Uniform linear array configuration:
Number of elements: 4
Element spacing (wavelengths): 0.25
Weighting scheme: uniform
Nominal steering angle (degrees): -60
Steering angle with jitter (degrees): -60.367
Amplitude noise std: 0.05
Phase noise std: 0.05

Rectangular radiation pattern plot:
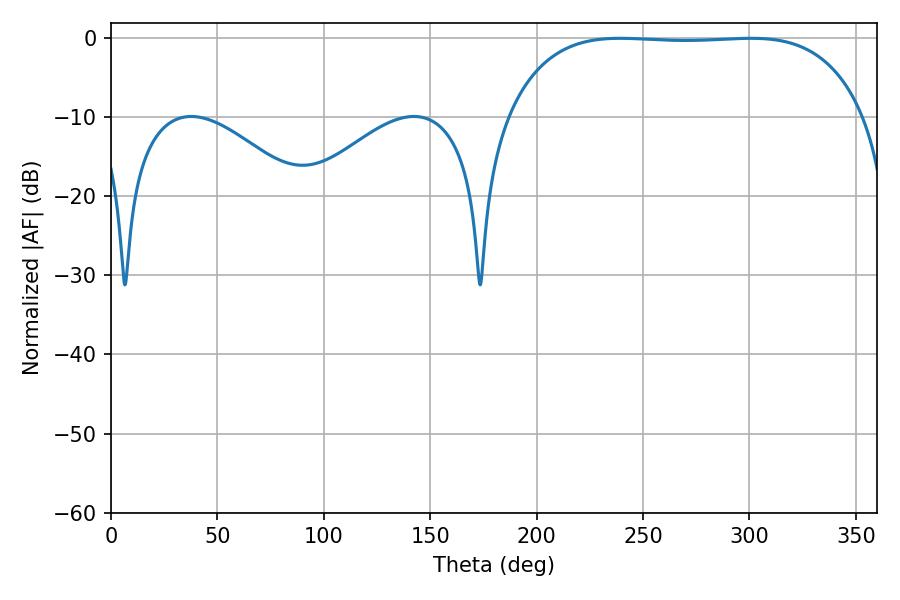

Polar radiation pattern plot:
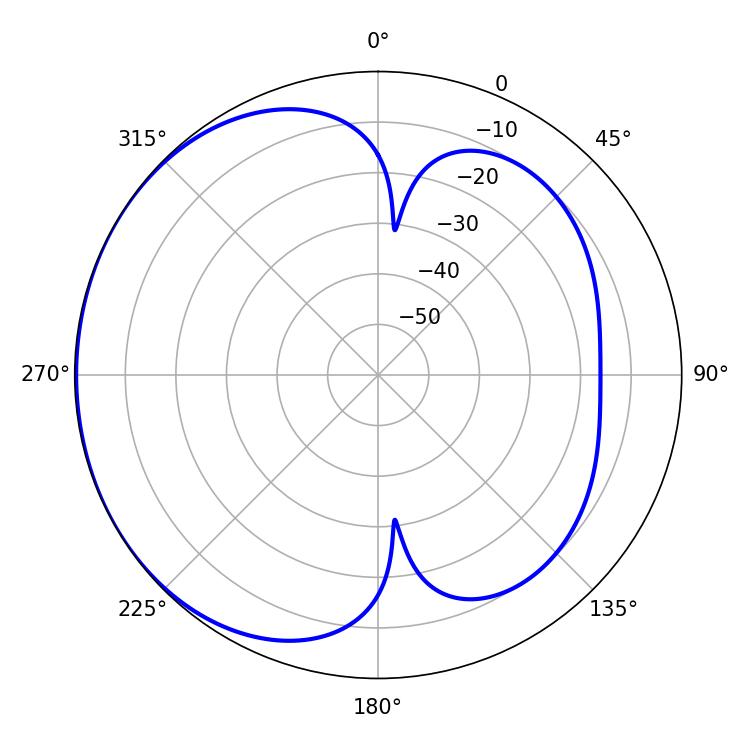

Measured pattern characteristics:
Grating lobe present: FALSE
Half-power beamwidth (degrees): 131.4
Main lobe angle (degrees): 239.22